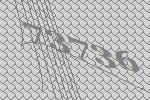
73736